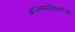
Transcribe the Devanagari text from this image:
खेळण्याविषयीची